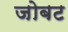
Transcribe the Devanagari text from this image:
जोबट